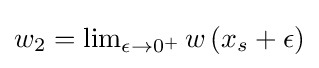
{\textstyle w_{2}=\lim _{\epsilon \to 0^{+}}w\left(x_{s}+\epsilon \right)}